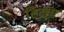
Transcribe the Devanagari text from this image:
टिनॅप